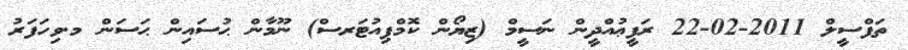
ތަފްސީލް 2011-02-22 ރަފީޢުއްދީން ނަސީމް (ޒިޔޯން ކޮމްޕިއުޓަރސް) ނޫމާން ޙުސައިން ޙަސަން މ.ވިހަފަރު